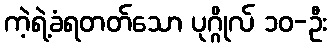
ကဲ့ရဲ့ခံရတတ်သော ပုဂ္ဂိုလ် ၁၀-ဦး